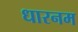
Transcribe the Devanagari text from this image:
धारनम